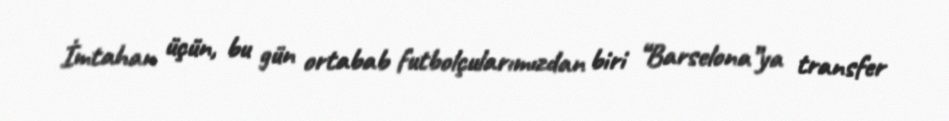
İmtahan üçün, bu gün ortabab futbolçularımızdan biri “Barselona”ya transfer